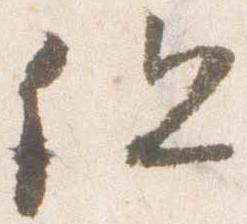
但